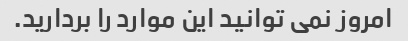
امروز نمی توانید این موارد را بردارید.